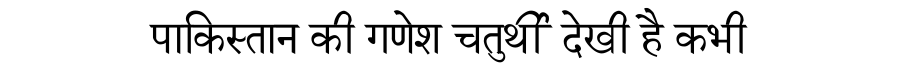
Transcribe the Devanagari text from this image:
पाकिस्तान की गणेश चतुर्थी देखी है कभी